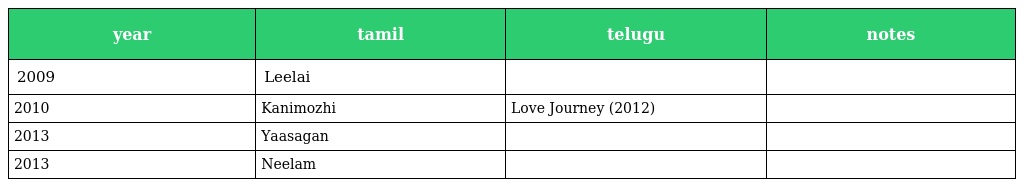
| year | tamil | telugu | notes |
 | --- | --- | --- | --- |
 | 2009 | Leelai |  |  |
 | 2010 | Kanimozhi | Love Journey (2012) |  |
 | 2013 | Yaasagan |  |  |
 | 2013 | Neelam |  |  |